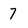
Character: 7